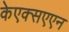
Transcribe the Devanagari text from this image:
केएक्सएएन